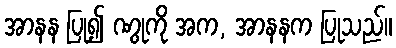
အာနန ပြု၍ ဏွုကို အက, အာနနက ပြုသည်။